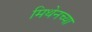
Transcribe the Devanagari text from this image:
मिथेनच्या